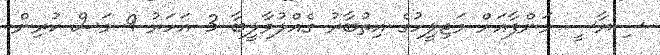
ސިޔާސީ މަންފާއަށް މަޖިލީހުގެ އިތުބާރު ގެއްލުވާލީބާ 3 އަހަރު 9 މަސް ކުރިން